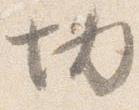
切